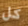
كل